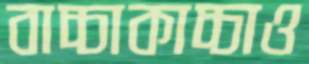
বাচ্চাকাচ্চাও